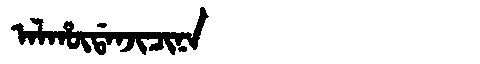
Manchu: ᠠᠯᡥᡡᡩᠠᠨᠵᡳᠴᡳᠨᠠ
Romanization: ALHŪDANJICINA